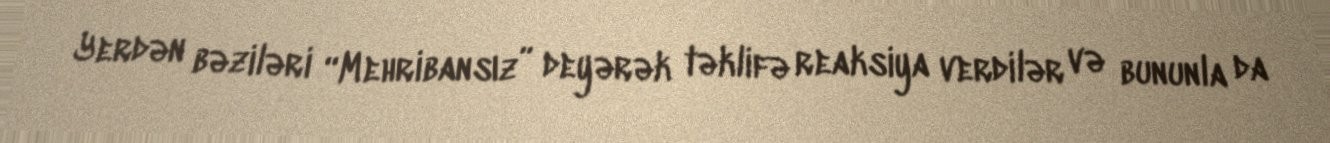
Yerdən bəziləri “Mehribansız” deyərək təklifə reaksiya verdilər və bununla da